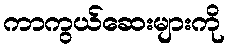
ကာကွယ်ဆေးများကို